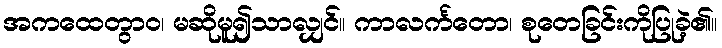
အကထေတွာဝ၊ မဆိုမူ၍သာလျှင်။ ကာလင်္ကတော၊ စုတေခြင်းကိုပြုခဲ့၏။